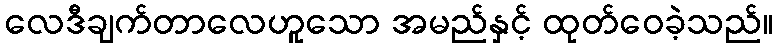
လေဒီချက်တာလေဟူသော အမည်နှင့် ထုတ်ဝေခဲ့သည်။